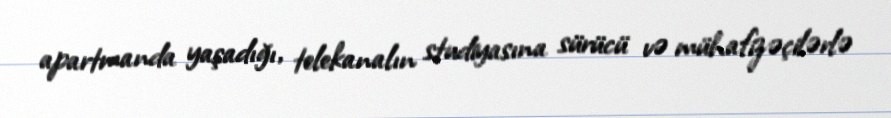
apartmanda yaşadığı, telekanalın studiyasına sürücü və mühafizəçilərlə